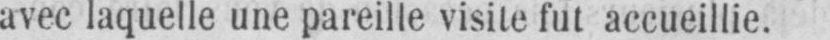
avec laquelle une pareille visite fut accueillie.